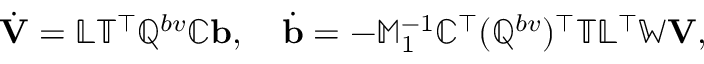
\dot { \mathbf V } = \mathbb { L } \mathbb { T } ^ { \top } \mathbb { Q } ^ { b v } \mathbb { C } { \mathbf b } , \quad \dot { \mathbf b } = - \mathbb { M } _ { 1 } ^ { - 1 } \mathbb { C } ^ { \top } ( \mathbb { Q } ^ { b v } ) ^ { \top } \mathbb { T } \mathbb { L } ^ { \top } \mathbb { W } { \mathbf V } ,